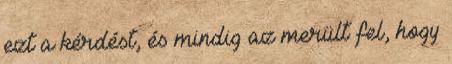
ezt a kérdést, és mindig az merült fel, hogy